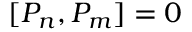
[ P _ { n } , P _ { m } ] = 0